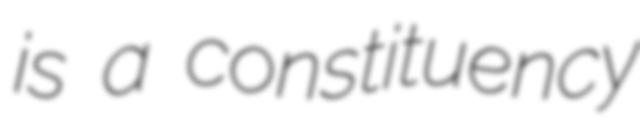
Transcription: is a constituency